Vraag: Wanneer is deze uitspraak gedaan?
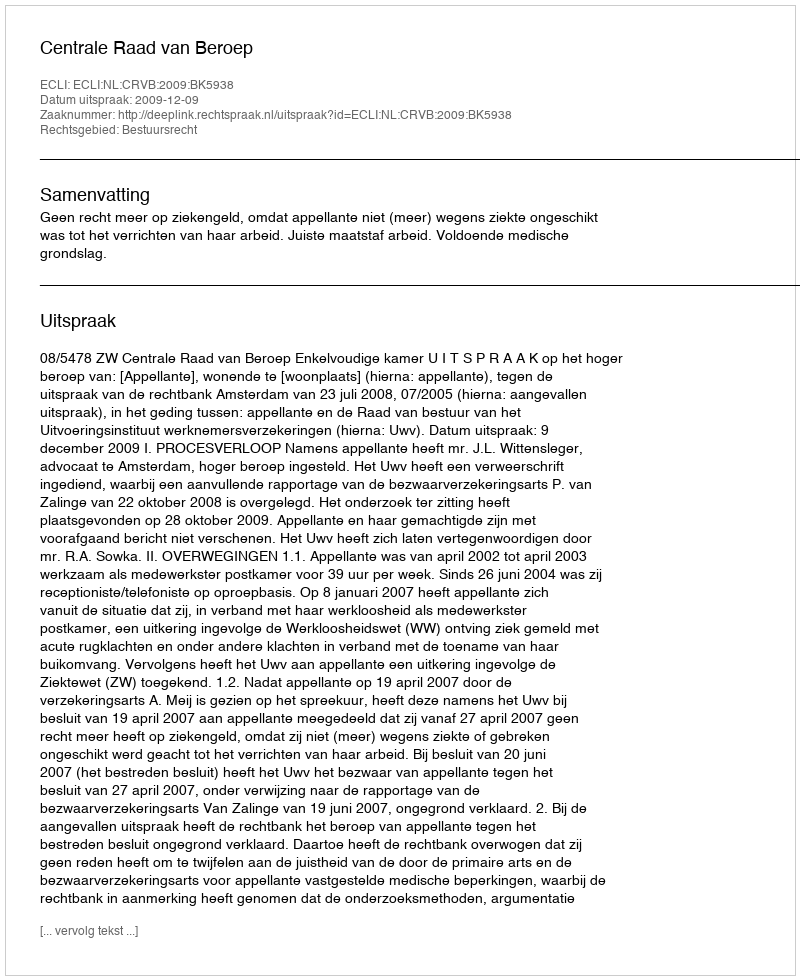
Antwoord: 2009-12-09